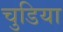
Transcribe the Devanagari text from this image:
चुडिया